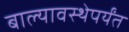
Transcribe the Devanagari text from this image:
बाल्यावस्थेपर्यंत